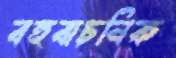
বহুবাচনিক